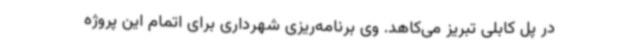
در پل کابلی تبریز می‌کاهد. وی برنامه‌ریزی شهرداری برای اتمام این پروژه